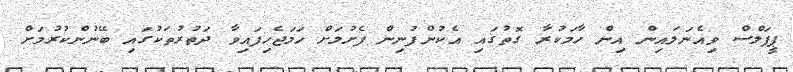
ޕީޕަލްސް ވިއެނަލައިން އިން ހާމަކުރާ ގޮތުގައި އެކުންފުނިން ފެށުމަށް ހަމަޖެހިފައިވާ ދަތުރުތަކުގައި ބޭނުންކުރުމަށް